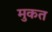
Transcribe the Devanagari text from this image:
मुकत